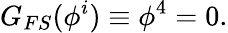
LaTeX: G_{FS}(\phi^{i})\equiv\phi^{4}=0.